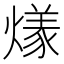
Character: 𬋌